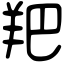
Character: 羓